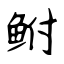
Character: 鲋